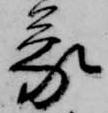
蒙